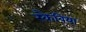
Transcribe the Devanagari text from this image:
स्कैबिया